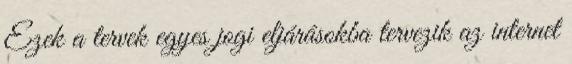
Ezek a tervek egyes jogi eljárásokba tervezik az internet